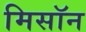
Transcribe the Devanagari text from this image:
मिसॉन